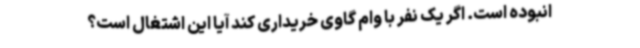
انبوده است. اگر یک نفر با وام گاوی خریداری کند آیا این اشتغال است؟